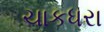
ચાકધરા